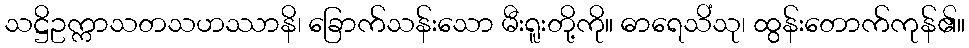
သဋ္ဌိဥက္ကာသတသဟဿာနိ၊ ခြောက်သန်းသော မီးရူးတို့ကို။ ဓာရေသိံသု၊ ထွန်းတောက်ကုန်၏။